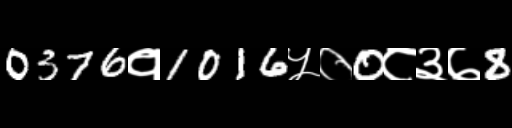
Text: 0376१1016५०0८३७8